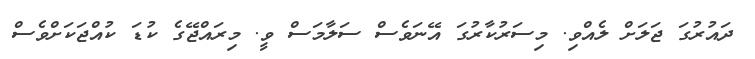
ދައުރުގަ ޖަލަށް ލެއްވި. މިސަރުކާރުގަ އޭނަވެސް ސަލާމަސް ވީ. މިރައްޖޭގެ ކުޑަ ކުއްޖަކަށްވެސް